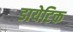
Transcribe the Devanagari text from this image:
डायेटिक